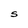
Character: S